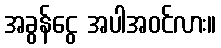
အခွန်ငွေ အပါအဝင်လား။